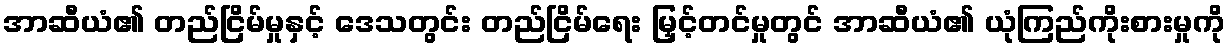
အာဆီယံ၏ တည်ငြိမ်မှုနှင့် ဒေသတွင်း တည်ငြိမ်ရေး မြှင့်တင်မှုတွင် အာဆီယံ၏ ယုံကြည်ကိုးစားမှုကို